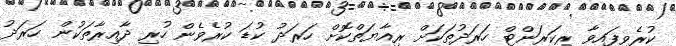
ކުރެވިފައިވާ ރިކަރަންޓް ހަރަދުތަކަށް ރިއާޔަތްކޮށް ހަރަދު ކުޑަ ކުރެވެން ހުރި ދާއިރާތަކުން ހަރަދު